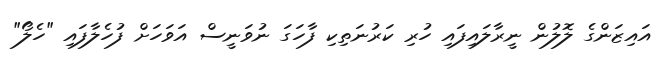
އައިޒަންގެ ލޮލުން ނީރާލައިފައި ހުރި ކަރުނަތިކި ފާހަގަ ނުވަނީސް އަވަހަށް ފުހެލާފައި "ހެލޯ"